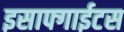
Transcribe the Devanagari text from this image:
इसाफ्गाईटस